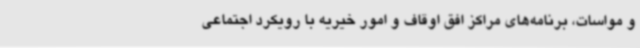
و مواسات، برنامه‌های مراکز افق اوقاف و امور خیریه با رویکرد اجتماعی